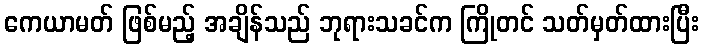
ကေယာမတ် ဖြစ်မည့် အချိန်သည် ဘုရားသခင်က ကြိုတင် သတ်မှတ်ထားပြီး